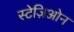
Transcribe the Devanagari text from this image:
स्टेज़िओन